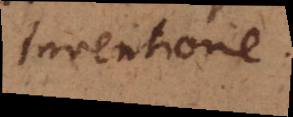
inventione.